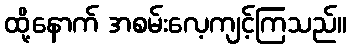
ထို့နောက် အစမ်းလေ့ကျင့်ကြသည်။